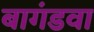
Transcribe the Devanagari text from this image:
बागंडवा